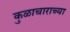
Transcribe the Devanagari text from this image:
कुळाचाराच्या